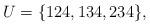
LaTeX: \begin{align*}U = \{124, 134, 234\},\end{align*}